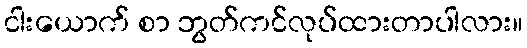
ငါးယောက် စာ ဘွတ်ကင်လုပ်ထားတာပါလား။